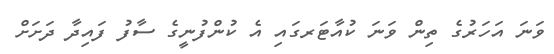
ވަނަ އަހަރުގެ ތިން ވަނަ ކުއާޓަރގައި އެ ކުންފުނީގެ ސާފު ފައިދާ ދަށަށް